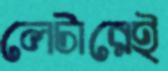
লেটারেই